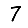
Digit: 7